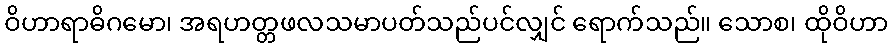
ဝိဟာရာဓိဂမော၊ အရဟတ္တဖလသမာပတ်သည်ပင်လျှင် ရောက်သည်။ သောစ၊ ထိုဝိဟာ